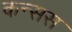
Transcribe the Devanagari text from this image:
कन्सस